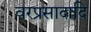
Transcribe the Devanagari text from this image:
वरप्रसादादि